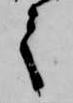
之